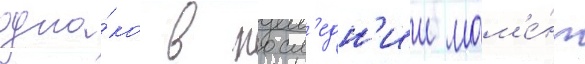
одна́ко в посл'едн'ии мом'е́нт